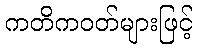
ကတိကဝတ်များဖြင့်